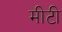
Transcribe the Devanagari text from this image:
मीटी